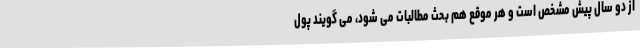
از دو سال پیش مشخص است و هر موقع هم بحث مطالبات می شود، می گویند پول